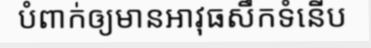
បំពាក់ឲ្យមានអាវុធសឹកទំនើប